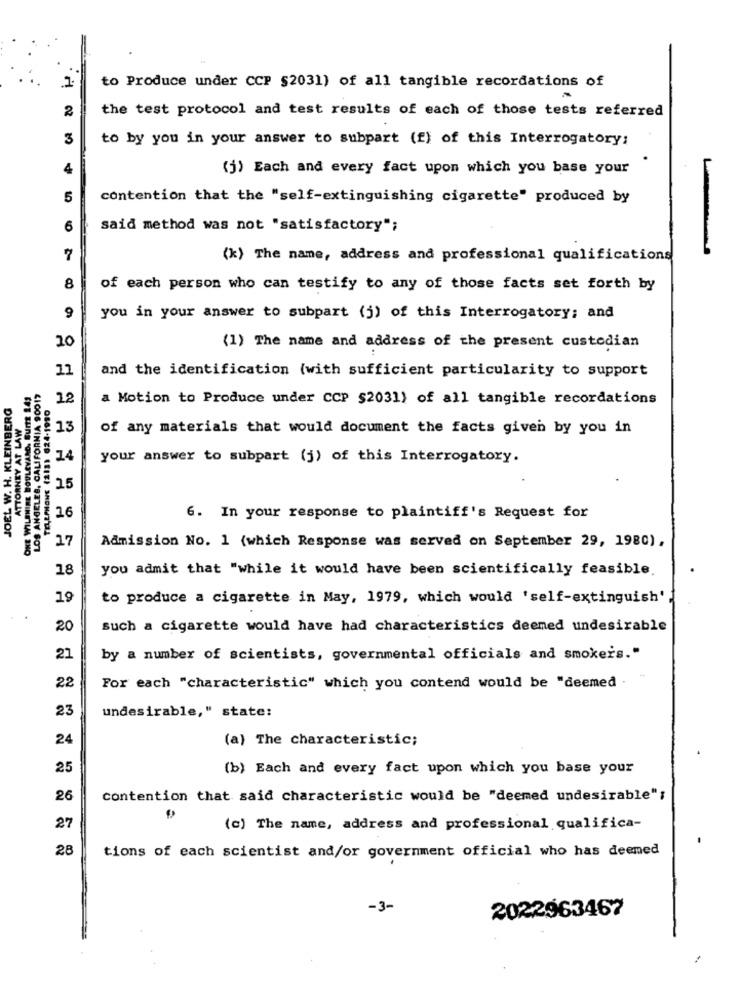
to Produce under CCP §2031) of all tangible recordations of
2
the test protocol and test results of each of those tests referred
3
to by you in your answer to subpart (f) of this Interrogatory;
4
(j) Each and every fact upon which you base your
5
contention that the "self-extinguishing cigarette" produced by
6
said method was not "satisfactory";
7
(k) The name, address and professional qualifications
8
of each person who can testify to any of those facts set forth by
9
you in your answer to subpart (j) of this Interrogatory; and
20
(1) The name and address of the present custodian
11
and the identification (with sufficient particularity to support
ONE WILSHIRE BOULEVARD. Burts 243
LOS ANGELES, CALIFORNIA 90017
JOEL W. H. KLEINBERG
ATTORNEY AT LAW
12
a Motion to Produce under CCP $2031) of all tangible recordations
13
of any materials that would document the facts given by you in
14
your answer to subpart (j) of this Interrogatory.
15
6. In your response to plaintiff's Request for
17
Admission No. 1 (which Response was served on September 29, 1980),
18
you admit that "while it would have been scientifically feasible.
19
to produce a cigarette in May, 1979, which would 'self-extinguish'
20
such a cigarette would have had characteristics deemed undesirable
21
by a number of scientists, governmental officials and smokers."
22
For each "characteristic" which you contend would be "deemed .
23
undesirable," state:
24
(a) The characteristic;
25
(b) Each and every fact upon which you base your
26
contention that said characteristic would be "deemed undesirable";
27
(c) The name, address and professional qualifica-
28
tions of each scientist and/or government official who has deemed
-3-
2022963467